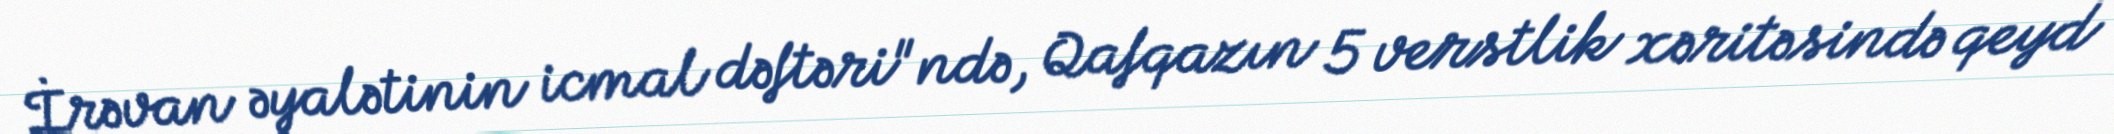
İrəvan əyalətinin icmal dəftəri"ndə, Qafqazın 5 verstlik xəritəsində qeyd